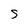
Character: s